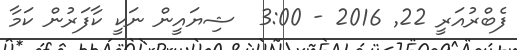
ފެބްރުއަރީ 22